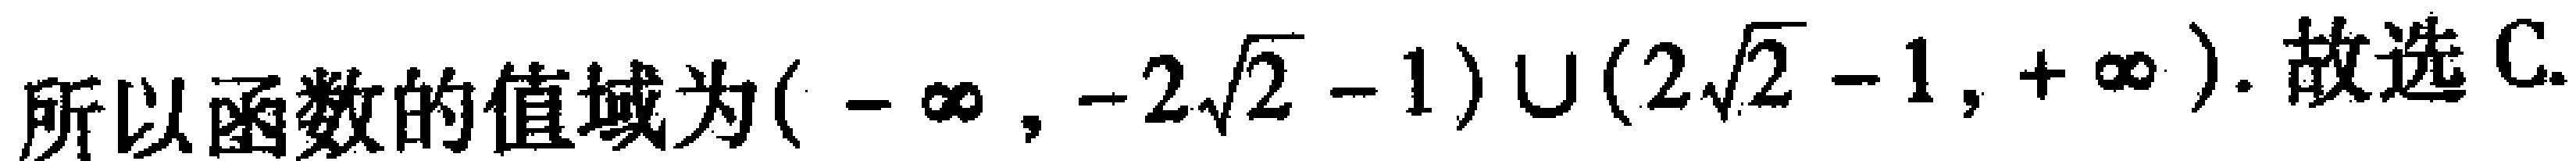
所以函数的值域为\((-\infty,-2\sqrt{2}-1)\cup(2\sqrt{2}-1,+\infty)\). 故选C.